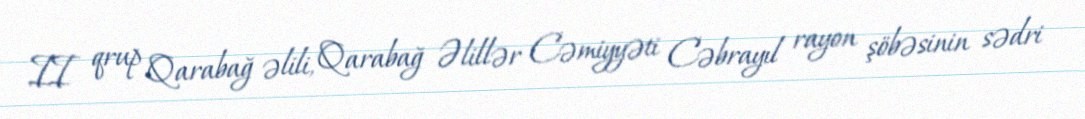
II qrup Qarabağ əlili, Qarabağ Əlillər Cəmiyyəti Cəbrayıl rayon şöbəsinin sədri